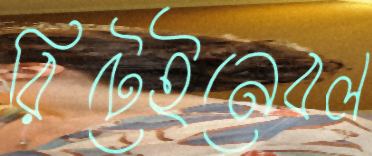
রিটেইনেবল